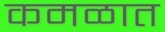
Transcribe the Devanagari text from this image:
कमळात